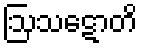
ဩသဋောတိ